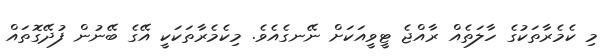
މި ކެމެރާތަކުގެ ހާލަތެއް ރާއްޖެ ޓީވީއަކަށް ނޭނގެއެވެ. މިކެމެރާތަކަކީ އޭގެ ބޭނުން ފުދޭގޮތައް